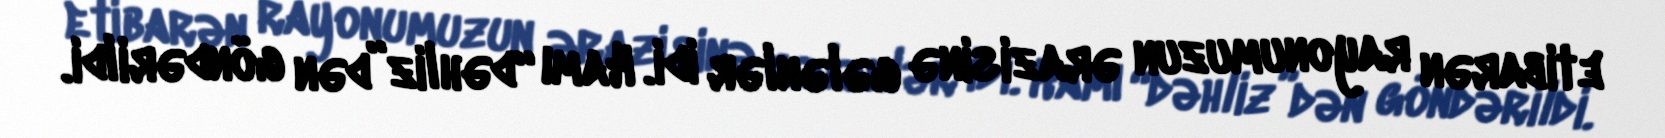
etibarən rayonumuzun ərazisinə gələnlər idi. Hamı “dəhliz”dən göndərildi.